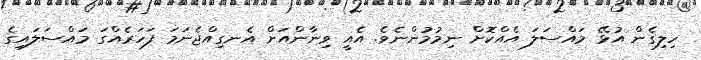
ހިލިގެން އުޅޭ މައްސަލަ އެއްކޮށް ނިމުމުންނެވެ. އެއީ ވިނާންއަށް އެނގިއްޖެނަމަ ފަހަރެއްގަ މައްސަލައިގެ